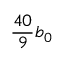
\frac { 4 0 } { 9 } b _ { 0 }